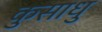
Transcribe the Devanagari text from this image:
कुसाधु